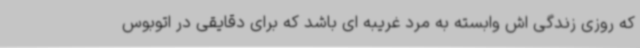
که روزی زندگی اش وابسته به مرد غریبه ای باشد که برای دقایقی در اتوبوس